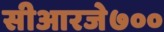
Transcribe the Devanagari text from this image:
सीआरजे७००